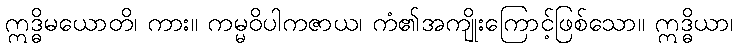
ဣဒ္ဓိမယောတိ၊ ကား။ ကမ္မဝိပါကဇာယ၊ ကံ၏အကျိုးကြောင့်ဖြစ်သော။ ဣဒ္ဓိယာ၊